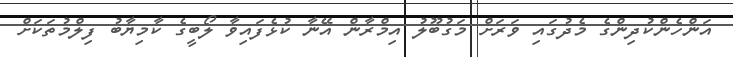
އަންހެންކުދިންގެ މެދުގައި ވަރަށް މަގުބޫލު އިމްރާން އޭނާ ކުޅެފައިވާ ލޯބީގެ ކާމިޔާބު ފިލްމުތަކަށް